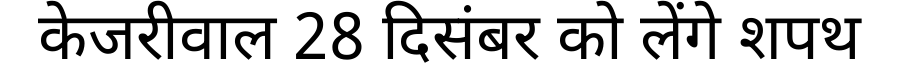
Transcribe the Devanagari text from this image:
केजरीवाल 28 दिसंबर को लेंगे शपथ